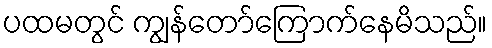
ပထမတွင် ကျွန်တော်ကြောက်နေမိသည်။